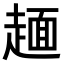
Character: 𧼸